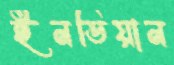
ইনডিয়ান